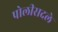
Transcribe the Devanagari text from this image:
पोलीसदले